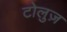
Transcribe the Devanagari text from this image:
टोलुज़